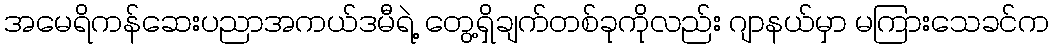
အမေရိကန်ဆေးပညာအကယ်ဒမီရဲ့ တွေ့ရှိချက်တစ်ခုကိုလည်း ဂျာနယ်မှာ မကြားသေခင်က